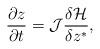
LaTeX: \begin{align*}\frac{\partial z}{\partial t}=\mathcal{J}\frac{\delta \mathcal H}{\delta z^*},\end{align*}